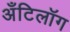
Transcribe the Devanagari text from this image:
अँटिलॉग